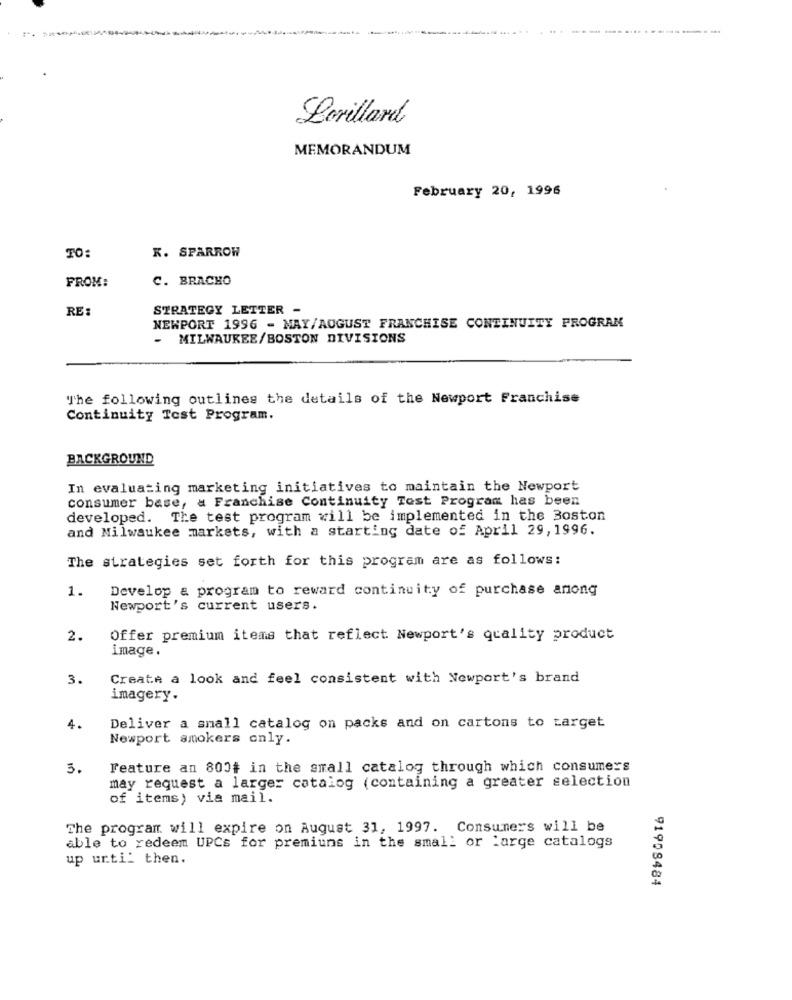
Lorillard
MEMORANDUM
February 20, 1996
TO:
K. SPARROW
FROM:
C. BRACHO
RE:
STRATEGY LETTER -
NEWPORT 1996 - MAY/AUGUST FRANCHISE CONTINUITY PROGRAM
- MILWAUKEE/BOSTON DIVISIONS
The following outlines the details of the Newport Franchise
Continuity Test Program.
BACKGROUND
In evaluating marketing initiatives to maintain the Newport
consumer base, a Franchise Continuity Test Program has been
developed. The test program will be implemented in the Boston
and Milwaukee markets, with a starting date of April 29, 1996.
The strategies set forth for this program are as follows:
1.
Develop & program to reward continuity of purchase among
Newport's current users.
2.
Offer premium items that reflect Newport's quality product
image.
3.
Create a look and feel consistent with Newport's brand
imagery.
4.
Deliver a small catalog on packs and on cartons to target
Newport smokers only.
3.
Feature an 800# in the small catalog through which consumers
may request a larger catalog (containing a greater selection
of items) via mail.
The program will expire on August 31, 1997. Consumers will be
able to redeem UPCs for premiuns in the small or large catalogs
up until then.
91908484